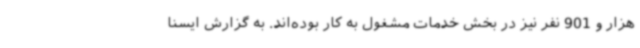
هزار و 901 نفر نیز در بخش خدمات مشغول به کار بوده‌اند. به گزارش ایسنا